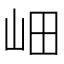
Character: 𡶚